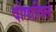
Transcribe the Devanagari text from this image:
दोषाविलं